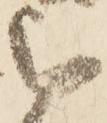
被